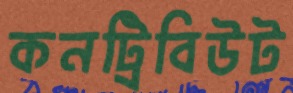
কনট্রিবিউট